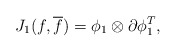
\begin{align*}J_1(f, {\overline f})={\phi}_1\otimes{\partial}{\phi}_1^{T},\end{align*}